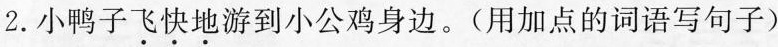
2.小鸭子飞快地游到小公鸡身边。(用加点的词语写句子)